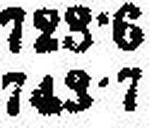
743•7